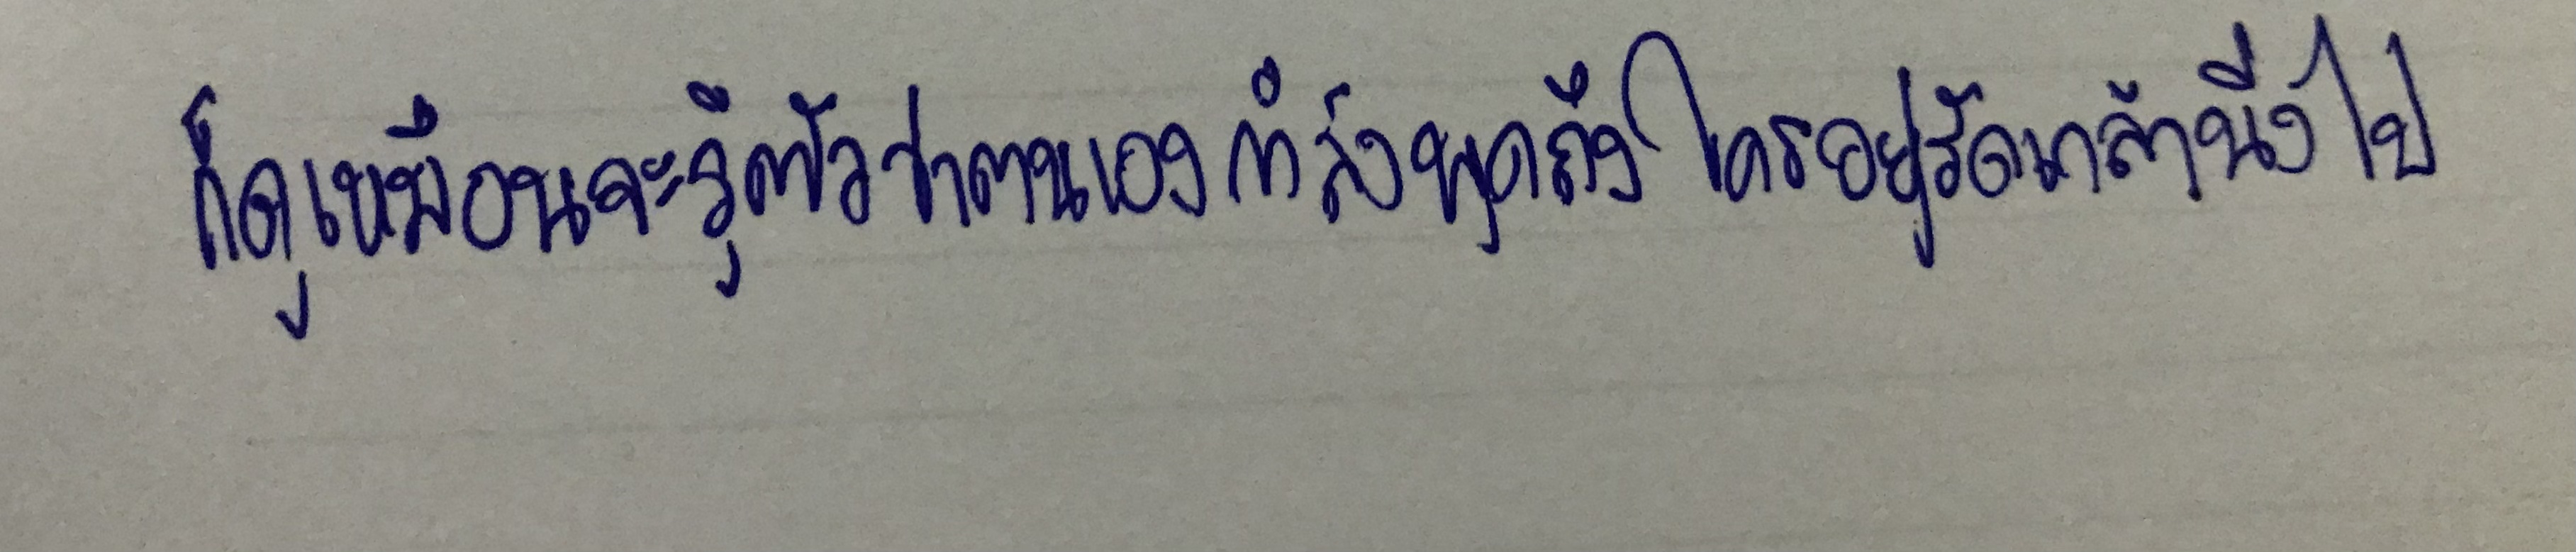
ก็ดูเหมือนจะรู้ตัวว่าตนเองกำลังพูดถึงใครอยู่รัดเกล้านิ่งไป